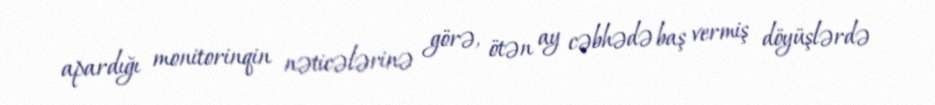
apardığı monitorinqin nəticələrinə görə, ötən ay cəbhədə baş vermiş döyüşlərdə